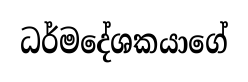
ධර්මදේශකයාගේ